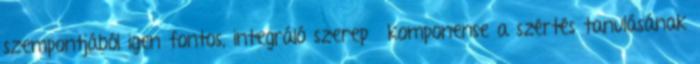
szempontjából igen fontos, integráló szerepű komponense a szértés tanulásának